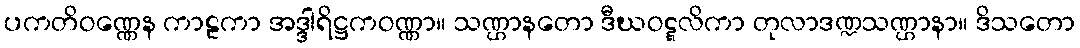
ပကတိဝဏ္ဏေန ကာဠကာ အဒ္ဒါရိဋ္ဌကဝဏ္ဏာ။ သဏ္ဌာနတော ဒီဃဝဋ္ဋလိကာ တုလာဒဏ္ဍသဏ္ဌာနာ။ ဒိသတော